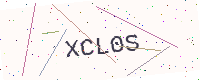
Text: XCL0S